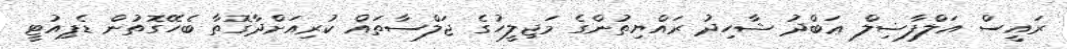
ރައީސް އަލްފާޟިލް ޢަބްދު ޝާހިދު ރައްޔިތުންގެ މަޖިލީހުގެ ޖަލްސާތައް ކުރިއަށްދާގޮތާ ބެހޭގޮތުން ޑެޕިއުޓީ